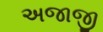
અજાજી